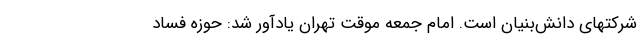
شرکتهای دانش‌بنیان است. امام جمعه موقت تهران یادآور شد: حوزه فساد